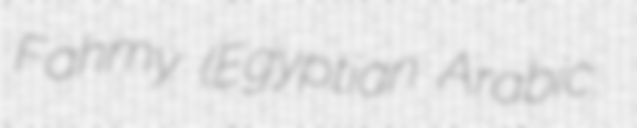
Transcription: Fahmy (Egyptian Arabic: اسماعيل